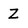
Character: Z